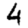
Digit: 4